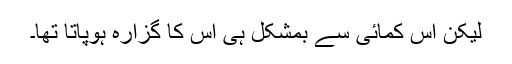
لیکن اس کمائی سے بمشکل ہی اس کا گزارہ ہوپاتا تھا۔